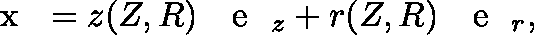
\begin{array} { r } { \mathrm { ~ \boldmath ~ { ~ x ~ } ~ } = z ( Z , R ) \mathrm { ~ \boldmath ~ { ~ e ~ } ~ } _ { z } + r ( Z , R ) \mathrm { ~ \boldmath ~ { ~ e ~ } ~ } _ { r } , } \end{array}